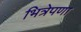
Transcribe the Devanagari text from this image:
भित्रेपणा